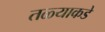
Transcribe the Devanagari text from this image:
तळ्याकडे